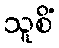
သူစိံ